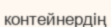
контейнердің